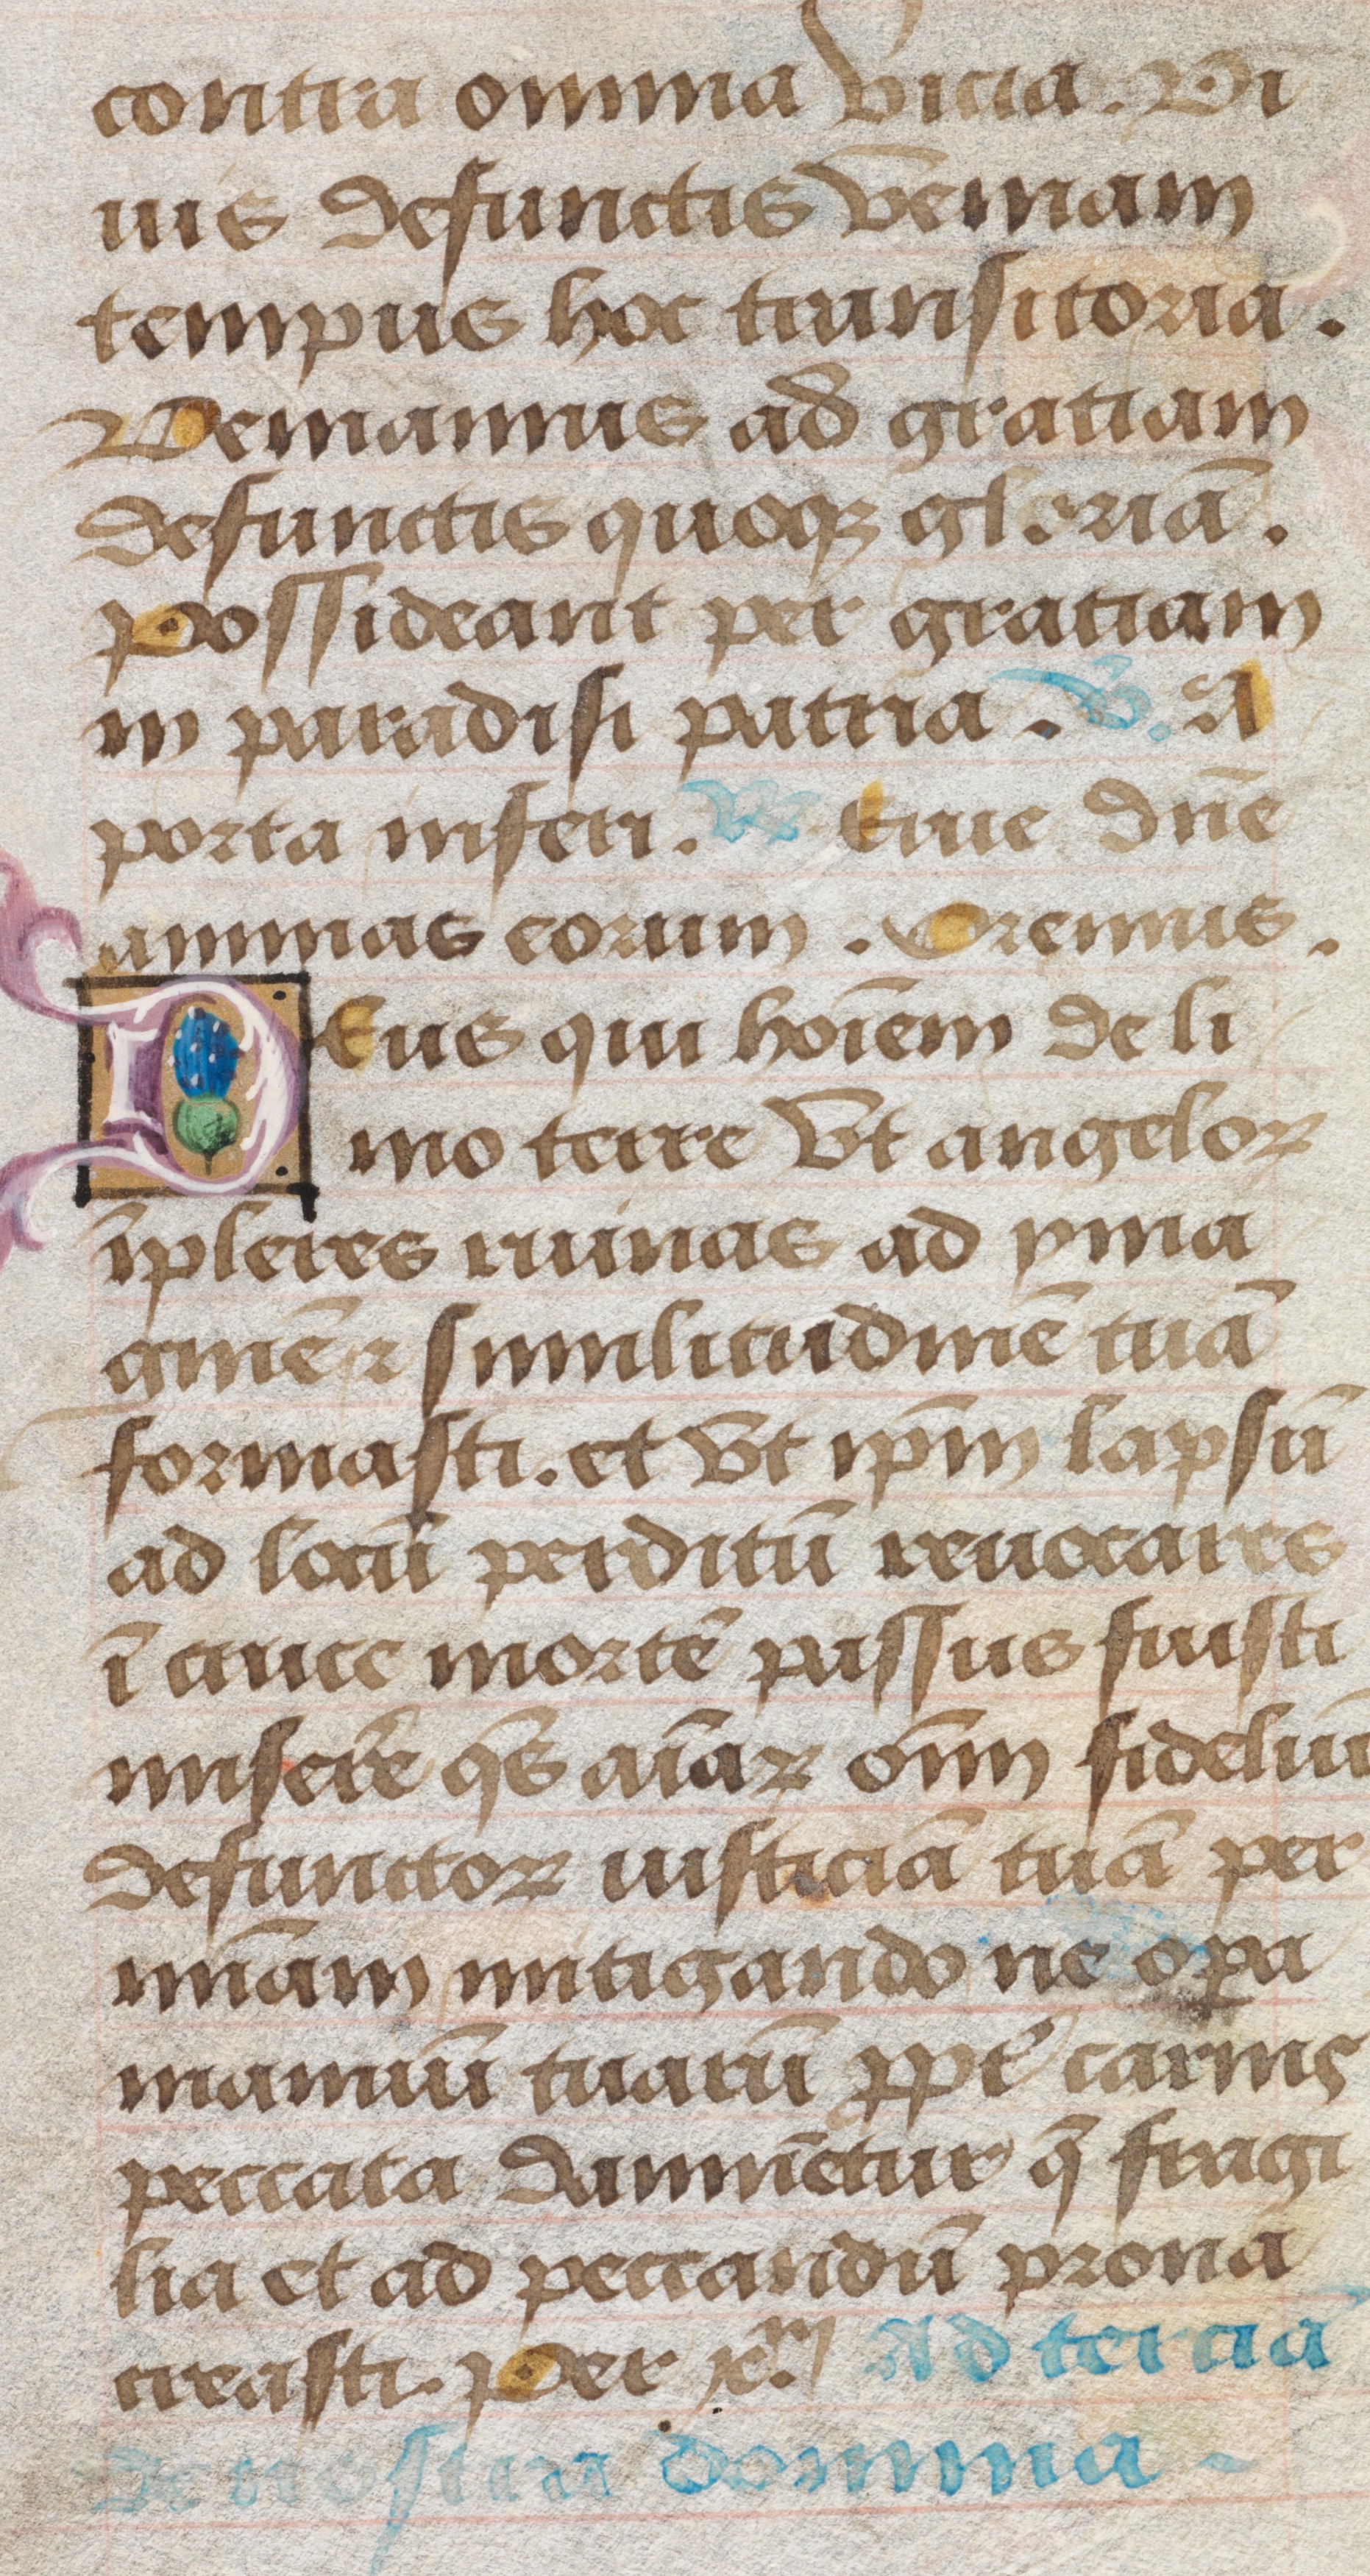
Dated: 1485–1515